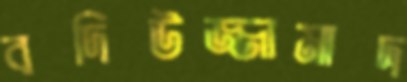
বদিউজ্জামাদ